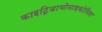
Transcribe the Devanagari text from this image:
काइट्रिडायोमाइकोसिस